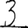
Digit: 3